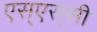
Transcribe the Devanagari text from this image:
एस्‌एस्‌सी